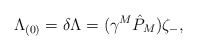
\begin{align*}{\Lambda_{(0)} = \delta \Lambda = (\gamma^M \hat P_M) \zeta_{-}, }\end{align*}